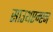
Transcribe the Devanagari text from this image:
साउथएम्प्टन